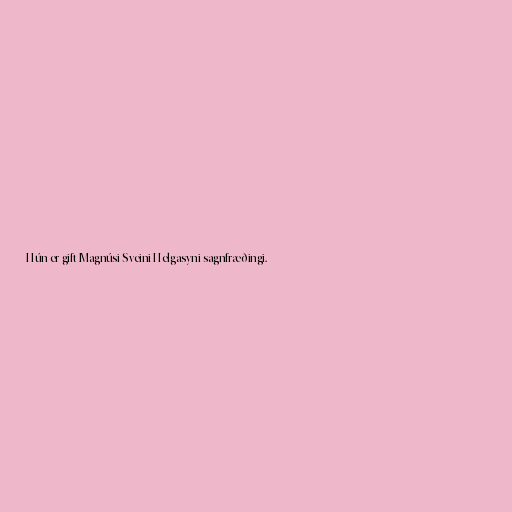
Hún er gift Magnúsi Sveini Helgasyni sagnfræðingi.